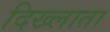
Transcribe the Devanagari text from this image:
दिख्लाता